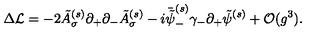
\Delta { \cal L } = - 2 \tilde { A } _ { \sigma } ^ { ( s ) } \partial _ { + } \partial _ { - } \tilde { A } _ { \sigma } ^ { ( s ) } - i \bar { \tilde { \psi } } _ { - } ^ { ( s ) } \gamma _ { - } \partial _ { + } \tilde { \psi } ^ { ( s ) } + { \cal O } ( g ^ { 3 } ) .